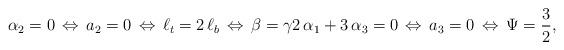
LaTeX: \begin{align*}\alpha_2=0\,\Leftrightarrow\,a_2=0\,\Leftrightarrow\,\ell_t=2\,\ell_b\,\Leftrightarrow\,\beta=\gamma 2\,\alpha_1+3\,\alpha_3=0\,\Leftrightarrow \,a_3=0\,\Leftrightarrow \,\Psi=\frac{3}{2},\end{align*}